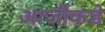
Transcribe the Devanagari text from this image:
आजीकडे